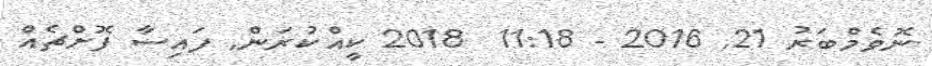
ނޮވެމްބަރު 21